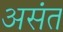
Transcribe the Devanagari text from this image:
असंत